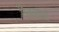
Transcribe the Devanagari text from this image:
नेक्सता